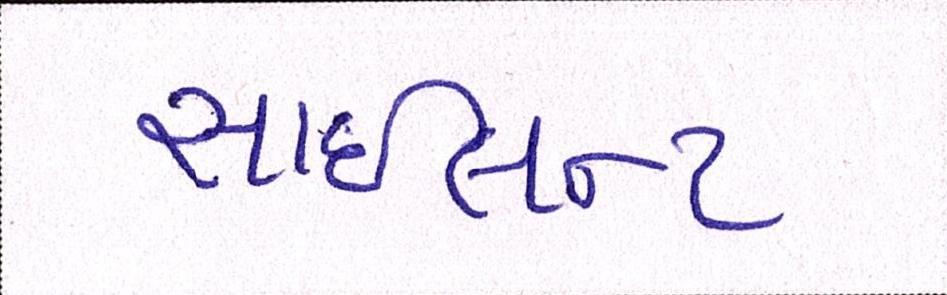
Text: સાઇલન્ટ